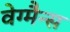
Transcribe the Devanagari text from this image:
वेग्मैन्स